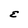
Character: E